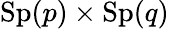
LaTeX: \mathrm{Sp}(p)\times\mathrm{Sp}(q)